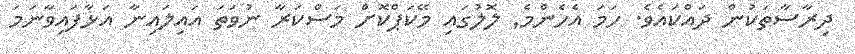
ދިރާސާތަކުން ދައްކައެވެ. ހަމަ އެހެންމެ